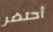
أحتضر